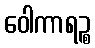
ဝေါကာရဉ္စ